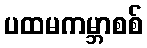
ပထမကမ္ဘာစစ်